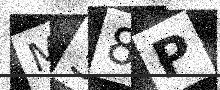
Text: M38P